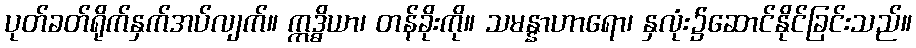
ပုတ်ခတ်ရိုက်နှက်အပ်လျက်။ ဣဒ္ဓိယာ၊ တန်ခိုးကို။ သမန္နာဟာရော၊ နှလုံး၌ဆောင်နိုင်ခြင်းသည်။